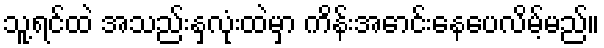
သူ့ရင်ထဲ အသည်းနှလုံးထဲမှာ ကိန်းအောင်းနေပေလိမ့်မည်။